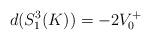
LaTeX: \begin{align*}d(S^3_1(K)) = -2V^+_0\end{align*}